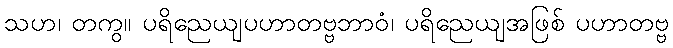
သဟ၊ တကွ။ ပရိညေယျပဟာတဗ္ဗဘာဝံ၊ ပရိညေယျအဖြစ် ပဟာတဗ္ဗ